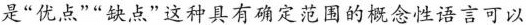
是“优点”“缺点”这种具有确定范围的概念性语言可以